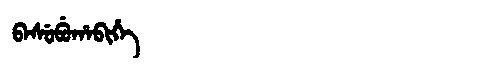
Manchu: ᠪᠠᠰᡠᠪᡠᡥᠠᠪᡳᡥᡝ
Romanization: BASUBUHABIHE